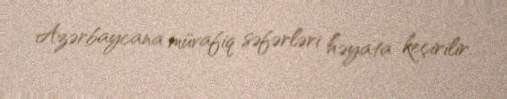
Azərbaycana müvafiq səfərləri həyata keçirilir.